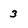
Character: 3